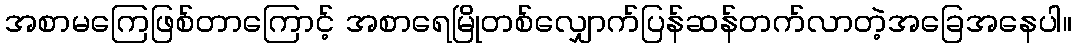
အစာမကြေဖြစ်တာကြောင့် အစာရေမြိုတစ်လျှောက်ပြန်ဆန်တက်လာတဲ့အခြေအနေပါ။